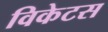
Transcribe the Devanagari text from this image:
विकेटस